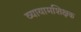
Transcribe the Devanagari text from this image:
व्यायामशिक्षक